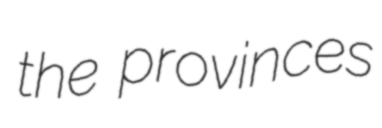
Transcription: the provinces